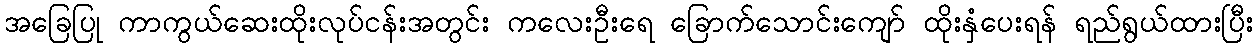
အခြေပြု ကာကွယ်ဆေးထိုးလုပ်ငန်းအတွင်း ကလေးဦးရေ ခြောက်သောင်းကျော် ထိုးနှံပေးရန် ရည်ရွယ်ထားပြီး